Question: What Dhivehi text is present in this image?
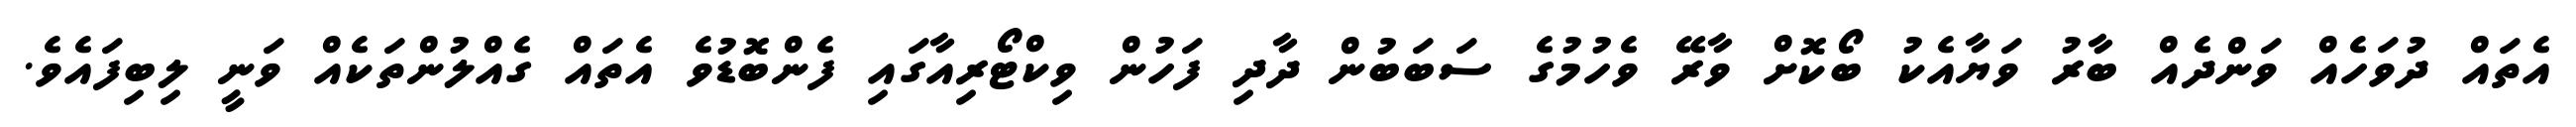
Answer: އެތައް ދުވަހެއް ވަންދެއް ބާރު ވަޔާއެކު ބޯކޮށް ވާރޭ ވެހުމުގެ ސަބަބުން ދާދި ފަހުން ވިކްޓޯރިއާގައި ފެންބޮޑުވެ އެތައް ގެއްލުންތަކެއް ވަނީ ލިބިފައެވެ.